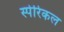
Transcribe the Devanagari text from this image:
स्पेरिकल